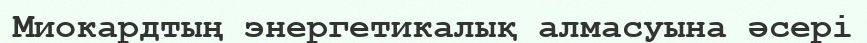
Миокардтың энергетикалық алмасуына əсері